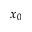
x _ { 0 }